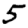
Digit: 5